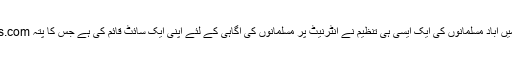
چنانچہ حال ہی میں انگلینڈ میں آباد مسلمانوں کی ایک ایسی ہی تنظیم نے انٹرنیٹ پر مسلمانوں کی آگاہی کے لئے اپنی ایک سائٹ قائم کی ہے جس کا پتہ www.guidedways.comہے۔